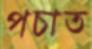
পচাত